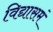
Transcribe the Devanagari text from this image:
विद्यासमं